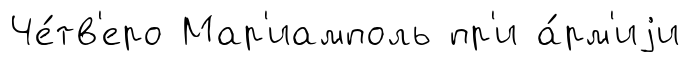
Че́тв'еро Мар'иамполь пр'и а́рм'иjи